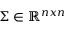
\boldsymbol { \Sigma } \in \mathbb { R } ^ { n x n }